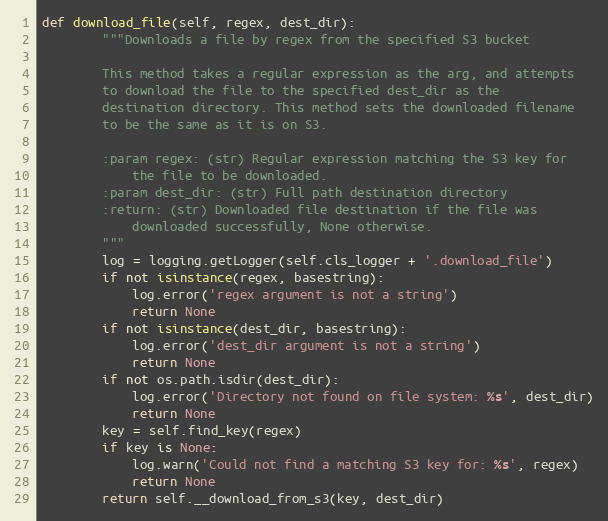
Language: Python
def download_file(self, regex, dest_dir):
        """Downloads a file by regex from the specified S3 bucket

        This method takes a regular expression as the arg, and attempts
        to download the file to the specified dest_dir as the
        destination directory. This method sets the downloaded filename
        to be the same as it is on S3.

        :param regex: (str) Regular expression matching the S3 key for
            the file to be downloaded.
        :param dest_dir: (str) Full path destination directory
        :return: (str) Downloaded file destination if the file was
            downloaded successfully, None otherwise.
        """
        log = logging.getLogger(self.cls_logger + '.download_file')
        if not isinstance(regex, basestring):
            log.error('regex argument is not a string')
            return None
        if not isinstance(dest_dir, basestring):
            log.error('dest_dir argument is not a string')
            return None
        if not os.path.isdir(dest_dir):
            log.error('Directory not found on file system: %s', dest_dir)
            return None
        key = self.find_key(regex)
        if key is None:
            log.warn('Could not find a matching S3 key for: %s', regex)
            return None
        return self.__download_from_s3(key, dest_dir)